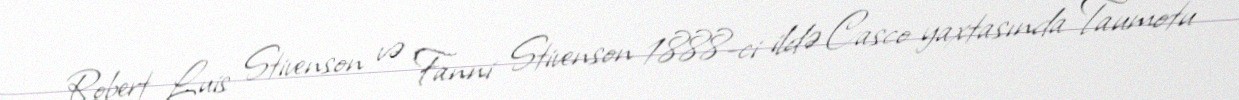
Robert Luis Stivenson və Fanni Stivenson 1888-ci ildə Casco yaxtasında Taumotu